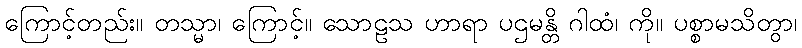
ကြောင့်တည်း။ တသ္မာ၊ ကြောင့်။ သောဠသ ဟာရာ ပဌမန္တိ ဂါထံ၊ ကို။ ပစ္စာမသိတွာ၊